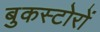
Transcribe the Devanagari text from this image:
बुकस्टोरों